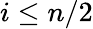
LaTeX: i\le n/2